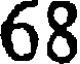
68